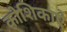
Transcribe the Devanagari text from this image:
कोशिकाऐ